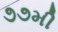
૭૭મી